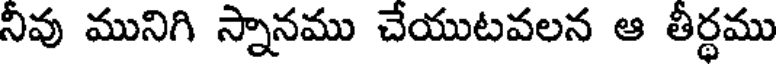
నీవు మునిగి స్నానము చేయుటవలన ఆ తీర్థము